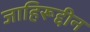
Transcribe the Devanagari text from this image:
जाहिरूद्दीन